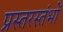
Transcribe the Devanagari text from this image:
प्रस्तरस्तंभों